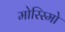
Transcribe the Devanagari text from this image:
मोरिस्मो